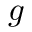
g